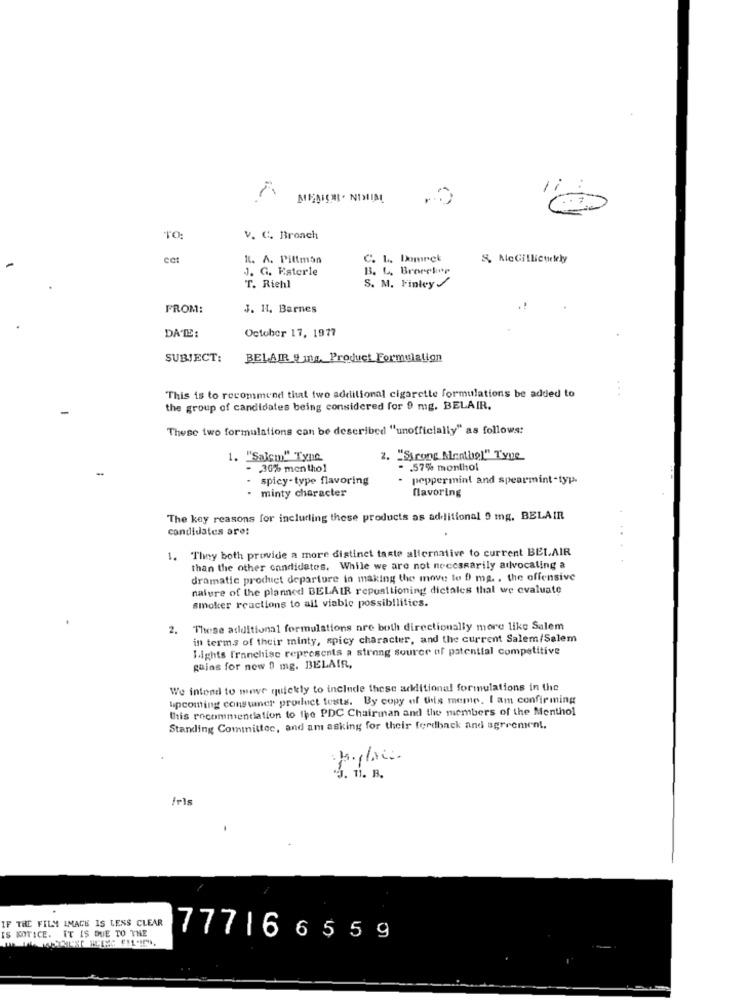
TO:
v. C. Bronch
R. A. Pittman
C. L. Domeck
& McGillicuddly
J. G. Esterle
B. L. Brorcker
S. M. Finley /
T. Riehl
FROM:
J. H. Barnes
DATE:
October 17, 1977
SUBJECT:
BELAIR 9 mg. Product Formulation
...
This is to recommend that two additional cigarette formulations be added to
the group of candidates being considered for 9 mg. BELAIR.
These two formulations can be described "unofficially" as follows:
1. "Salem" Type
2. "Strong Mentbel" Type
- 30% menthol
- . 57% monthol
spicy-type flavoring
peppermint and spearmint -typa.
favoring
- minty character
The key reasons for including these products as additional 9 mg. BELAIR
candidates are:
1. They both provide a more distinct taste alternative to current BELAIR
than the other candidates. While we are not necessarily advocating a
dramatic product departure in making the move to f) mg. , the offensive
nature of the planned BELAIR repuattioning dictales thal we evaluate
smoker reactions to all viable possibilities.
2.
These additional formulations are both directionally more like Salem
in terms of their minty, spicy character, and the current Salem/Salem
Lights franchise represents a strong source of potential competitive
gains for now 0 mg. BELAIR,
We intend to move quickly to include these additional formulations in the
upcoming consumer product tests. By copy of this meme. I am confirming
this recommendation to the PDC Chairman and the members of the Menthol
Standing Committee, and am asking for their feedback and agreement.
J. T. B.
IF THE FILM IMAGE IS LESS CLEAR
IS NOTICE. IT IS DUE TO THE
77716 655 9